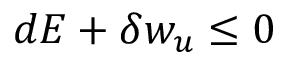
d E + \delta w _ { u } \leq 0